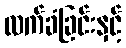
လက်ခံခြင်းနှင့်